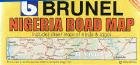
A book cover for Nigeria Road Map; Dominic Gusah; Travel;